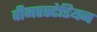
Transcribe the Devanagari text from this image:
वीनरस्टेडियन